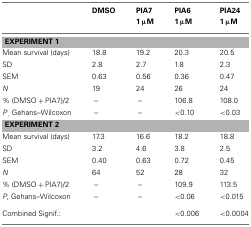
|  | DMSO | PIA7 | PIA6 | PIA24 |
 |  |  | 1 μM | 1 μM | 1 μM |
 | --- | --- | --- | --- | --- |
 | <COLSPAN=5> EXPERIMENT 1 |
 | Mean survival (days) | 18.8 | 19.2 | 20.3 | 20.5 |
 | SD | 2.8 | 2.7 | 1.8 | 2.3 |
 | SEM | 0.63 | 0.56 | 0.36 | 0.47 |
 | N | 19 | 24 | 26 | 24 |
 | % (DMSO + PIA7)/2 | – | – | 106.8 | 108.0 |
 | P, Gehans–Wilcoxon | – | – | <0.10 | <0.03 |
 | <COLSPAN=5> EXPERIMENT 2 |
 | Mean survival (days) | 17.3 | 16.6 | 18.2 | 18.8 |
 | SD | 3.2 | 4.6 | 3.8 | 2.5 |
 | SEM | 0.40 | 0.63 | 0.72 | 0.45 |
 | N | 64 | 52 | 28 | 32 |
 | % (DMSO + PIA7)/2 | – | – | 109.9 | 113.5 |
 | P, Gehans–Wilcoxon | – | – | <0.06 | <0.015 |
 | Combined Signif.: |  |  | <0.006 | <0.0004 |